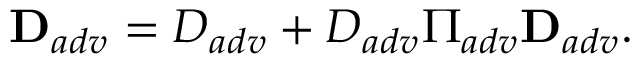
{ \bf D } _ { a d v } = D _ { a d v } + D _ { a d v } \Pi _ { a d v } { \bf D } _ { a d v } .